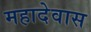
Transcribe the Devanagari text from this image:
महादेवास